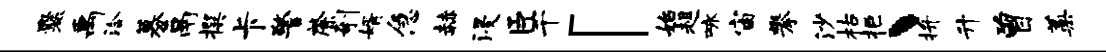
爨禹洽募鬲撰卡警綮剞婿急赫浸臣千「始趄咏宙攀沙枯拒丶拚升曾蒿